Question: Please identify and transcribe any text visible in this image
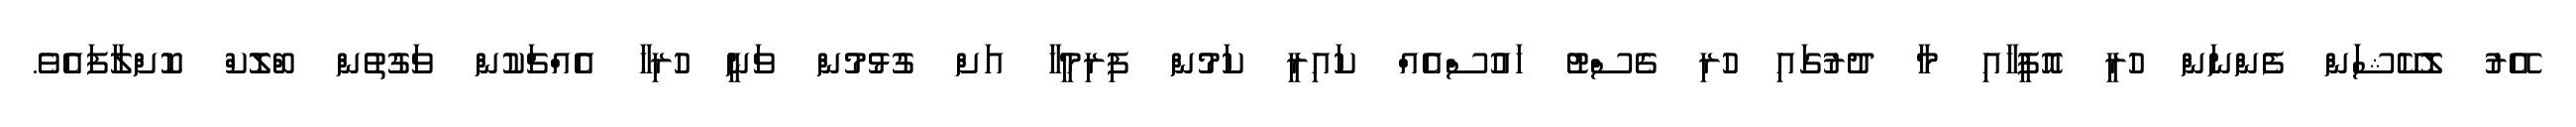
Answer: އޭރު ލޮކޭޝަަން ފެންނަން ހުރީ އޮފީހާއި މާ ދުރުގައި ހުރި ގެސްޓު ހައުސްއެއް ކައިރީ ކަމުން ފިރިމީހާ އަށް ގުޅުމުން ވަނީ ހުރިހާ އެއްޗަކުން ވަގުތުން ބްލޮކް ކޮށްލާފައެވެ.